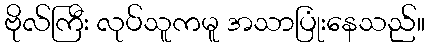
ဗိုလ်ကြီး လုပ်သူကမူ အသာပြုံးနေသည်။